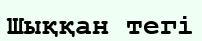
Шыққан тегі